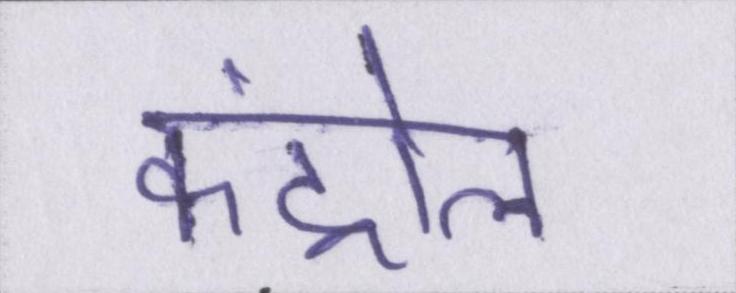
कंट्रोल